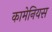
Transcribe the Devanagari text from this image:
कामेनियस